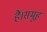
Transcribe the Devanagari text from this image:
हैं।समूह